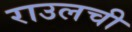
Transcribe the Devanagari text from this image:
राउलची